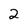
Character: 2